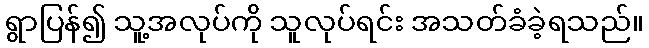
ရွာပြန်၍ သူ့အလုပ်ကို သူလုပ်ရင်း အသတ်ခံခဲ့ရသည်။